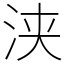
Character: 浃